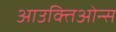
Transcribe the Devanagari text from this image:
आउक्तिओन्स